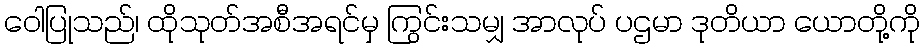
ဝေါပြုသည်၊ ထိုသုတ်အစီအရင်မှ ကြွင်းသမျှ အာလုပ် ပဌမာ ဒုတိယာ ယောတို့ကို